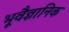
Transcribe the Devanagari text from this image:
भूवैज्ञानिक